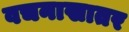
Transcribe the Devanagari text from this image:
वचनाखातर